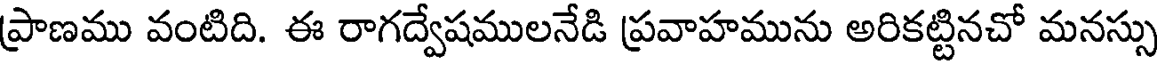
ప్రాణము వంటిది. ఈ రాగద్వేషములనేడి ప్రవాహమును అరికట్టినచో మనస్సు